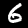
Digit: 6